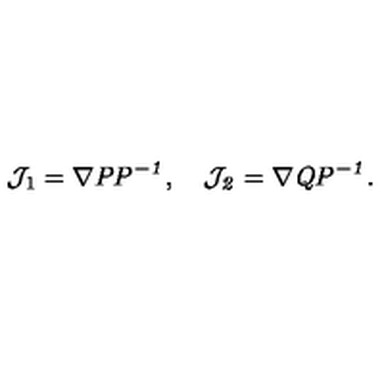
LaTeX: { \cal J } _ { 1 } = \nabla \it P P ^ { - 1 } , \quad { \cal J } _ { 2 } = \nabla \it Q P ^ { - 1 } .